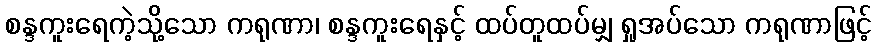
စန္ဒကူးရေကဲ့သို့သော ကရုဏာ၊ စန္ဒကူးရေနှင့် ထပ်တူထပ်မျှ ရှုအပ်သော ကရုဏာဖြင့်